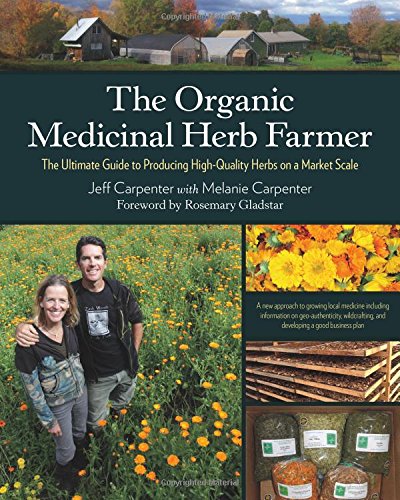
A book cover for The Organic Medicinal Herb Farmer: The Ultimate Guide to Producing High-Quality Herbs on a Market Scale; Jeff Carpenter; Crafts, Hobbies & Home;